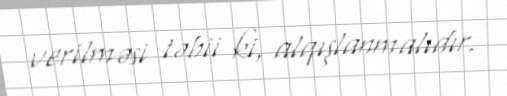
verilməsi təbii ki, alqışlanmalıdır.